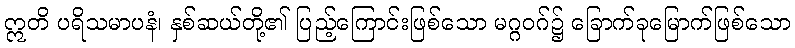
ဣတိ ပရိသမာပနံ၊ နှစ်ဆယ်တို့၏ ပြည့်ကြောင်းဖြစ်သော မဂ္ဂဝဂ်၌ ခြောက်ခုမြောက်ဖြစ်သော